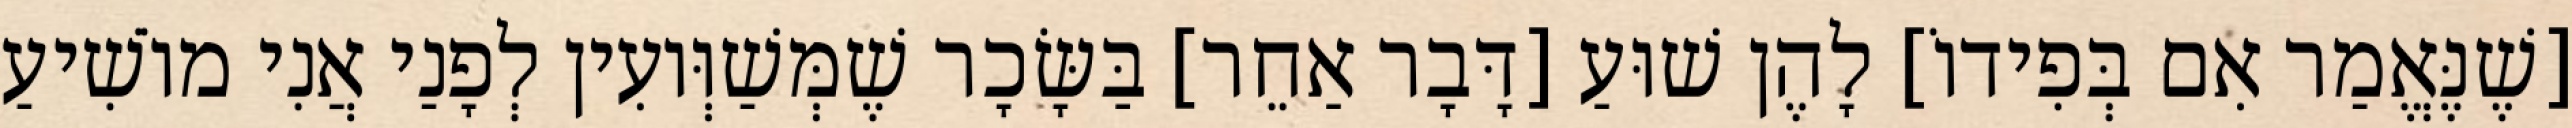
[שֶׁנֶּאֱמַר אִם בְּפִידוֹ] לָהֶן שׁוּעַ [דָּבָר אַחֵר] בַּשָּׂכָר שֶׁמְּשַׁוְּועִין לְפָנַי אֲנִי מוֹשִׁיעַ